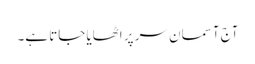
آج آسمان سر پر اٹھایا جاتا ہے۔